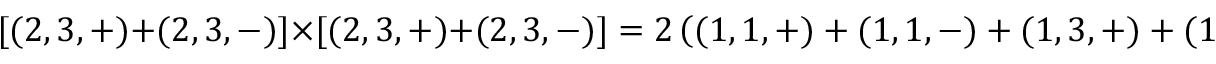
\lbrack ( 2 , 3 , + ) + ( 2 , 3 , - ) ] \times [ ( 2 , 3 , + ) + ( 2 , 3 , - ) ] = 2 \left( ( 1 , 1 , + ) + ( 1 , 1 , - ) + ( 1 , 3 , + ) + { ( 1 , 3 , - ) } \right)